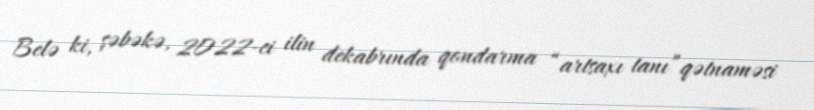
Belə ki, şəbəkə, 2022-ci ilin dekabrında qondarma “artsaxı tanı”qətnaməsi